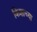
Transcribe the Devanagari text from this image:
किशाच्या